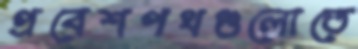
প্রবেশপথগুলোতে